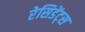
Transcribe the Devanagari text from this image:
रेसिडेंट्स